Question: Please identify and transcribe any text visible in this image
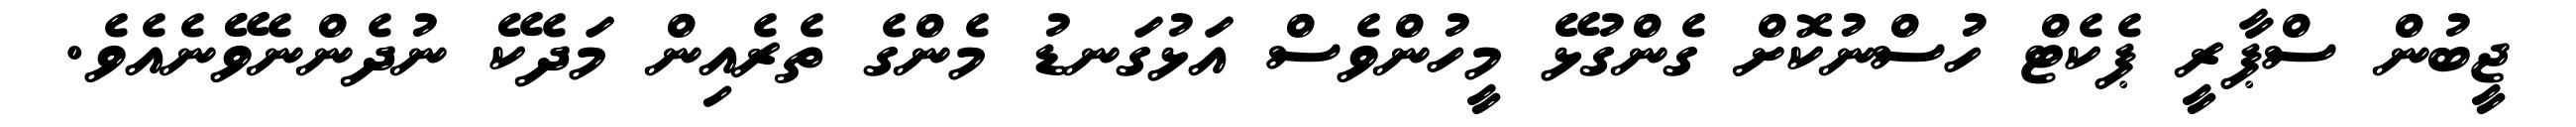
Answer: ޖީބުން ސްޕާރީ ޕެކެޓް ހުސްނުކޮށް ގެންގުޅޭ މީހުންވެސް އަޅުގަނޑު މެންގެ ތެރެއިން މަދެކޭ ނުދެންނެވޭނެއެވެ.